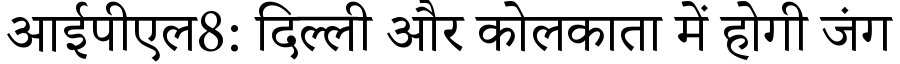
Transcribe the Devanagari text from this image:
आईपीएल8: दिल्ली और कोलकाता में होगी जंग